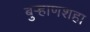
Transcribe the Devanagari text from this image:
बुर्‍हाणशहा